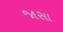
જાસા